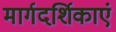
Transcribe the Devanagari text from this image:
मार्गदर्शिकाएं